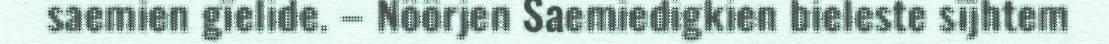
saemien gïelide. – Nöörjen Saemiedigkien bieleste sïjhtem